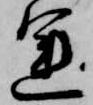
運